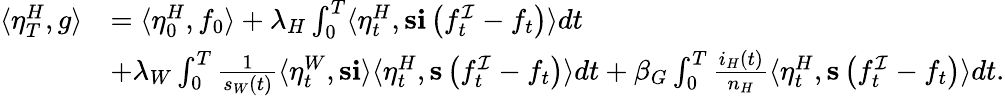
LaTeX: \begin{array}{rl}{\langle\eta_{T}^{H},g\rangle}&{=\langle\eta_{0}^{H},f_{0}\rangle+\lambda_{H}\int_{0}^{T}\langle\eta_{t}^{H},\mathbf{s}\mathbf{i}\left(f_{t}^{\mathcal{I}}-f_{t}\right)\rangle dt}\\ &{+\lambda_{W}\int_{0}^{T}\frac{1}{s_{W}(t)}\langle\eta_{t}^{W},\mathbf{s}\mathbf{i}\rangle\langle\eta_{t}^{H},\mathbf{s}\left(f_{t}^{\mathcal{I}}-f_{t}\right)\rangle dt+\beta_{G}\int_{0}^{T}\frac{i_{H}(t)}{n_{H}}\langle\eta_{t}^{H},\mathbf{s}\left(f_{t}^{\mathcal{I}}-f_{t}\right)\rangle dt.}\end{array}